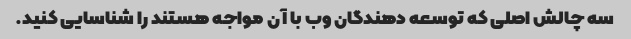
سه چالش اصلی که توسعه دهندگان وب با آن مواجه هستند را شناسایی کنید.